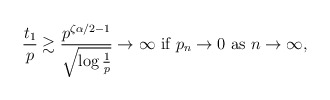
\begin{align*} \frac{t_1}{p} \gtrsim \frac{p^{\zeta\alpha/2-1}}{\sqrt{\log\frac{1}{p}}} \rightarrow \infty \mbox{ if } p_n \rightarrow 0 \mbox{ as } n \rightarrow \infty, \end{align*}